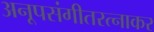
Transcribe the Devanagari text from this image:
अनूपसंगीतरत्नाकर